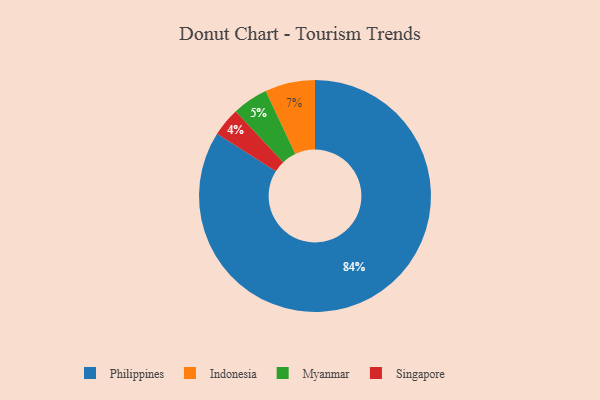
{"axis": {"x": "Category", "y": "Percentage"}, "legend": ["Indonesia", "Myanmar", "Philippines", "Singapore"], "data": [{"x": "Myanmar", "y": 5, "type": "Myanmar"}, {"x": "Singapore", "y": 4, "type": "Singapore"}, {"x": "Philippines", "y": 84, "type": "Philippines"}, {"x": "Indonesia", "y": 7, "type": "Indonesia"}]}